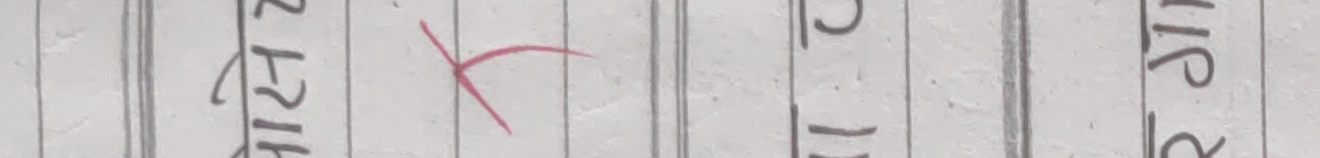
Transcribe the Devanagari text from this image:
रा शि निश स
रु य खु पु
पा रि य र